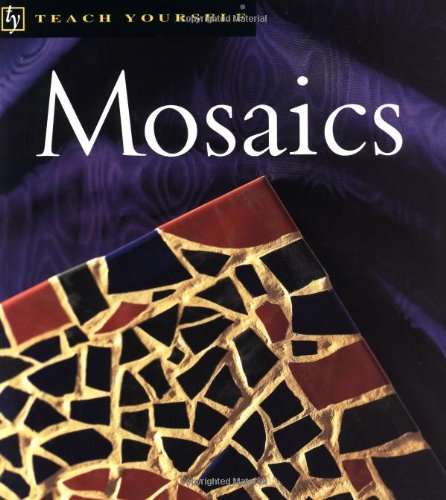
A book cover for Teach Yourself Mosaics; Jane McMorland Hunter; Crafts, Hobbies & Home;